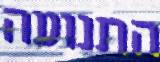
התנועה